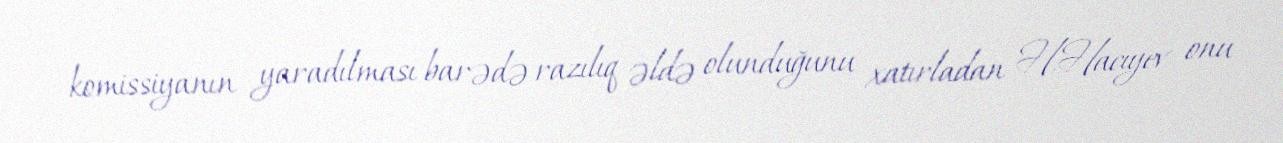
komissiyanın yaradılması barədə razılıq əldə olunduğunu xatırladan H.Hacıyev onu